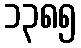
၁၃၈၅